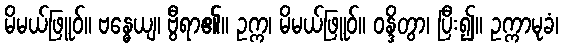
မိမယ်ဖြူဝ်။ ဗန္ဓေယျ၊ ဗွီရာ၏။ ဥက္က၊ မိမယ်ဖြူဝ်။ ဝန္ဒိတွာ၊ ပြီး၍။ ဥက္ကာမုခံ၊